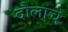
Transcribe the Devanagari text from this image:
दौलाचे